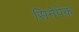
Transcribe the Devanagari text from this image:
सिनेपेक